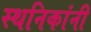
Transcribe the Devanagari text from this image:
स्थनिकांनी